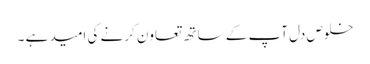
خلوص دل آپ کے ساتھ تعاون کرنے کی امید ہے ۔